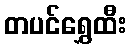
တပင်ရွှေထီး